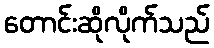
တောင်းဆိုလိုက်သည်